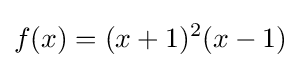
f(x)=(x+1)^{2}(x-1)